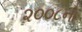
૨૦૦૮નો